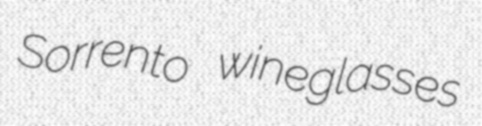
Sorrento wineglasses